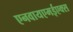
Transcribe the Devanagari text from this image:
एनवायएमईएक्स